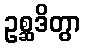
ဥစ္ဆဒိတွာ